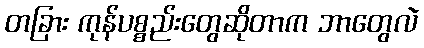
တခြား ကုန်ပစ္စည်းတွေဆိုတာက ဘာတွေလဲ